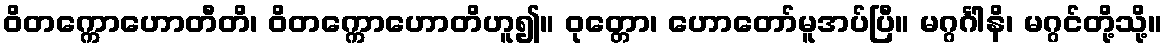
ဝိတက္ကောဟောတီတိ၊ ဝိတက္ကောဟောတိဟူ၍။ ဝုတ္တော၊ ဟောတော်မူအပ်ပြီ။ မဂ္ဂင်္ဂါနိ၊ မဂ္ဂင်တို့သို့။